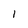
Character: 1